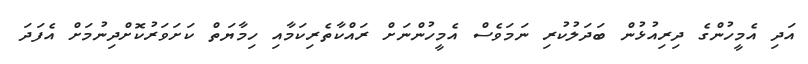
އަދި އެމީހުންގެ ދިރިއުޅުން ބަދަލުކުރި ނަމަވެސް އެމީހުންނަށް ރައްކާތެރިކަމާއި ހިމާޔަތް ކަށަވަރުކޮށްދިނުމަށް އެފަދަ